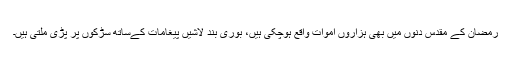
رمضان کے مقدس دنوں میں بھی ہزاروں اموات واقع ہوچکی ہیں، بوری بند لاشیں پیغامات کےساتھ سڑکوں پر پڑی ملتی ہیں۔